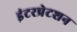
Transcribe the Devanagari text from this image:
इंटरप्रेटशन